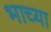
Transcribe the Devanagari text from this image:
भाच्या